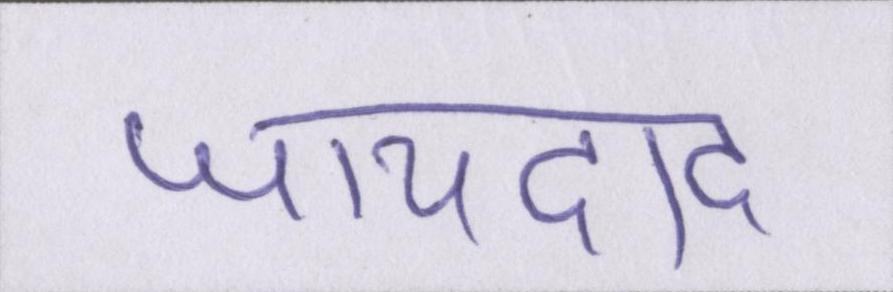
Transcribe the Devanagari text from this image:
जायदाद